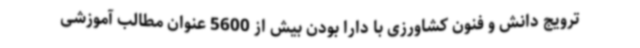
ترویج دانش و فنون کشاورزی با دارا بودن بیش از 5600 عنوان مطالب آموزشی